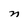
Character: n